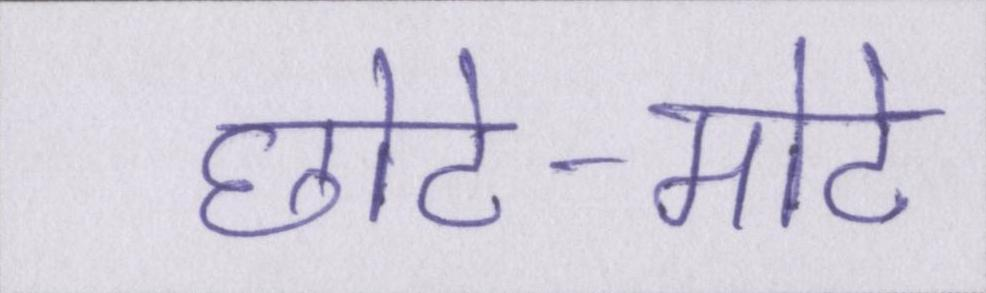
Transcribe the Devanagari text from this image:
छोटे-मोटे